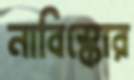
নাবিস্কোর